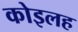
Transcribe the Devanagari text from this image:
कोइलह